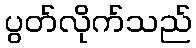
ပွတ်လိုက်သည်